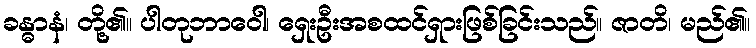
ခန္ဓာနံ၊ တို့၏။ ပါတုဘာဝေါ၊ ရှေးဦးအစထင်ရှားဖြစ်ခြင်းသည်။ ဇာတိ၊ မည်၏။